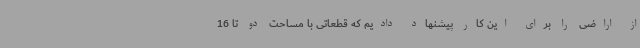
از اراضی را برای این کار پیشنهاد دادیم که قطعاتی با مساحت دو تا 16